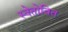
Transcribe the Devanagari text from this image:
स्वेतोवित